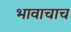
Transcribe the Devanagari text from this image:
भावाचाच